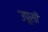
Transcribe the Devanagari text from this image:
उपूसी